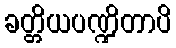
ခတ္တိယပဏ္ဍိတာပိ